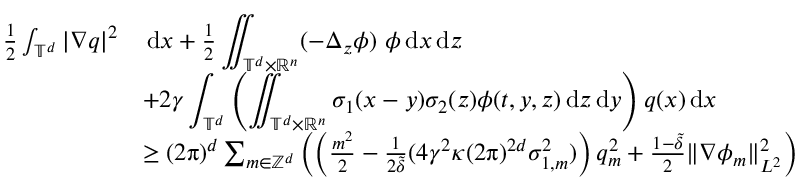
\begin{array} { r l } { \frac 1 2 \int _ { \mathbb { T } ^ { d } } | \nabla q | ^ { 2 } } & { \, { \mathrm { d } } x + \frac 1 2 \displaystyle \iint _ { \mathbb T ^ { d } \times \mathbb R ^ { n } } ( - \Delta _ { z } \phi ) \ \phi \, { \mathrm { d } } x \, { \mathrm { d } } z } \\ & { + 2 \gamma \displaystyle \int _ { \mathbb T ^ { d } } \left( \displaystyle \iint _ { \mathbb T ^ { d } \times \mathbb R ^ { n } } \sigma _ { 1 } ( x - y ) \sigma _ { 2 } ( z ) \phi ( t , y , z ) \, { \mathrm { d } } z \, { \mathrm { d } } y \right) q ( x ) \, { \mathrm { d } } x } \\ & { \ge ( 2 \uppi ) ^ { d } \sum _ { m \in \mathbb { Z } ^ { d } } \left( \left( \frac { m ^ { 2 } } { 2 } - \frac { 1 } { 2 \tilde { \delta } } ( 4 \gamma ^ { 2 } \kappa ( 2 \uppi ) ^ { 2 d } \sigma _ { 1 , m } ^ { 2 } ) \right) q _ { m } ^ { 2 } + \frac { 1 - \tilde { \delta } } { 2 } \| \nabla \phi _ { m } \| _ { L ^ { 2 } } ^ { 2 } \right) } \end{array}